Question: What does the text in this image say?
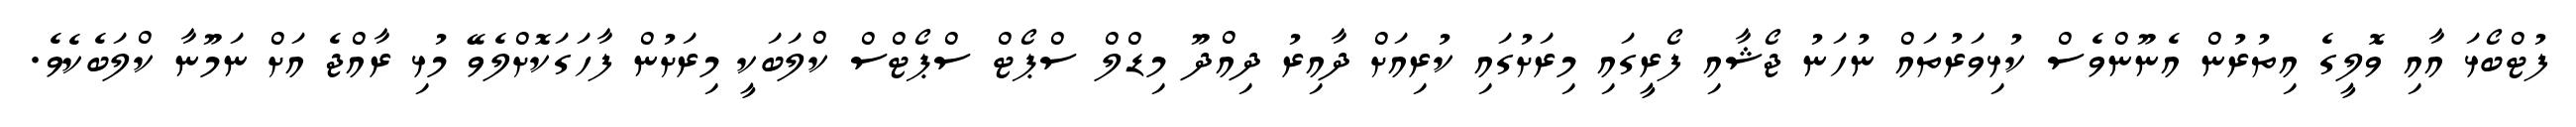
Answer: ފުޓްބޯޅަ އާއި ވޮލީގެ އިތުރުން އެނޫންވެސް ކުޅިވަރުތައް ނުހަނު ޖޯޝާއި ފޯރީގައި މިރަށުގައި ކުރިއަށް ދާއިރު ދިއްދޫ މިޑްލް ސްޕޯޓް ސްޕޯޓްސް ކްލަބަކީ މިރަށުން ފާހަގަކޮށްލެވޭ މުޅި ރާއްޖެ އަށް ނަމޫނާ ކްލަބެކެވެ.